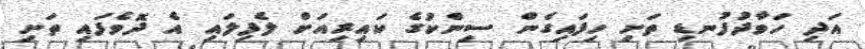
އަދި ހަވާދުފުނޑި ތަށި ހިފައިގެން ސިންކުގެ ކައިރިއަށް ލެފިލައި އެ ދޮވެފައި ތަށި